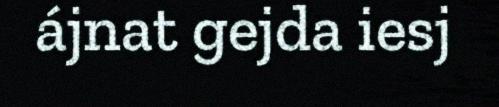
ájnat gejda iesj